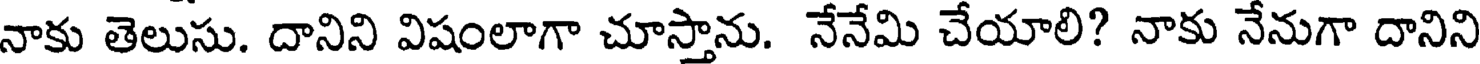
నాకు తెలుసు. దానిని విషంలాగా చూస్తాను. నేనేమి చేయాలి? నాకు నేనుగా దానిని